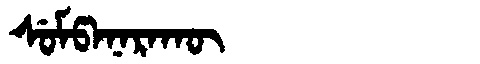
Manchu: ᠰᡠᠮᡦᠠᠨᠠᡵᠠᡴᡡ
Romanization: SUMPANARAKŪ